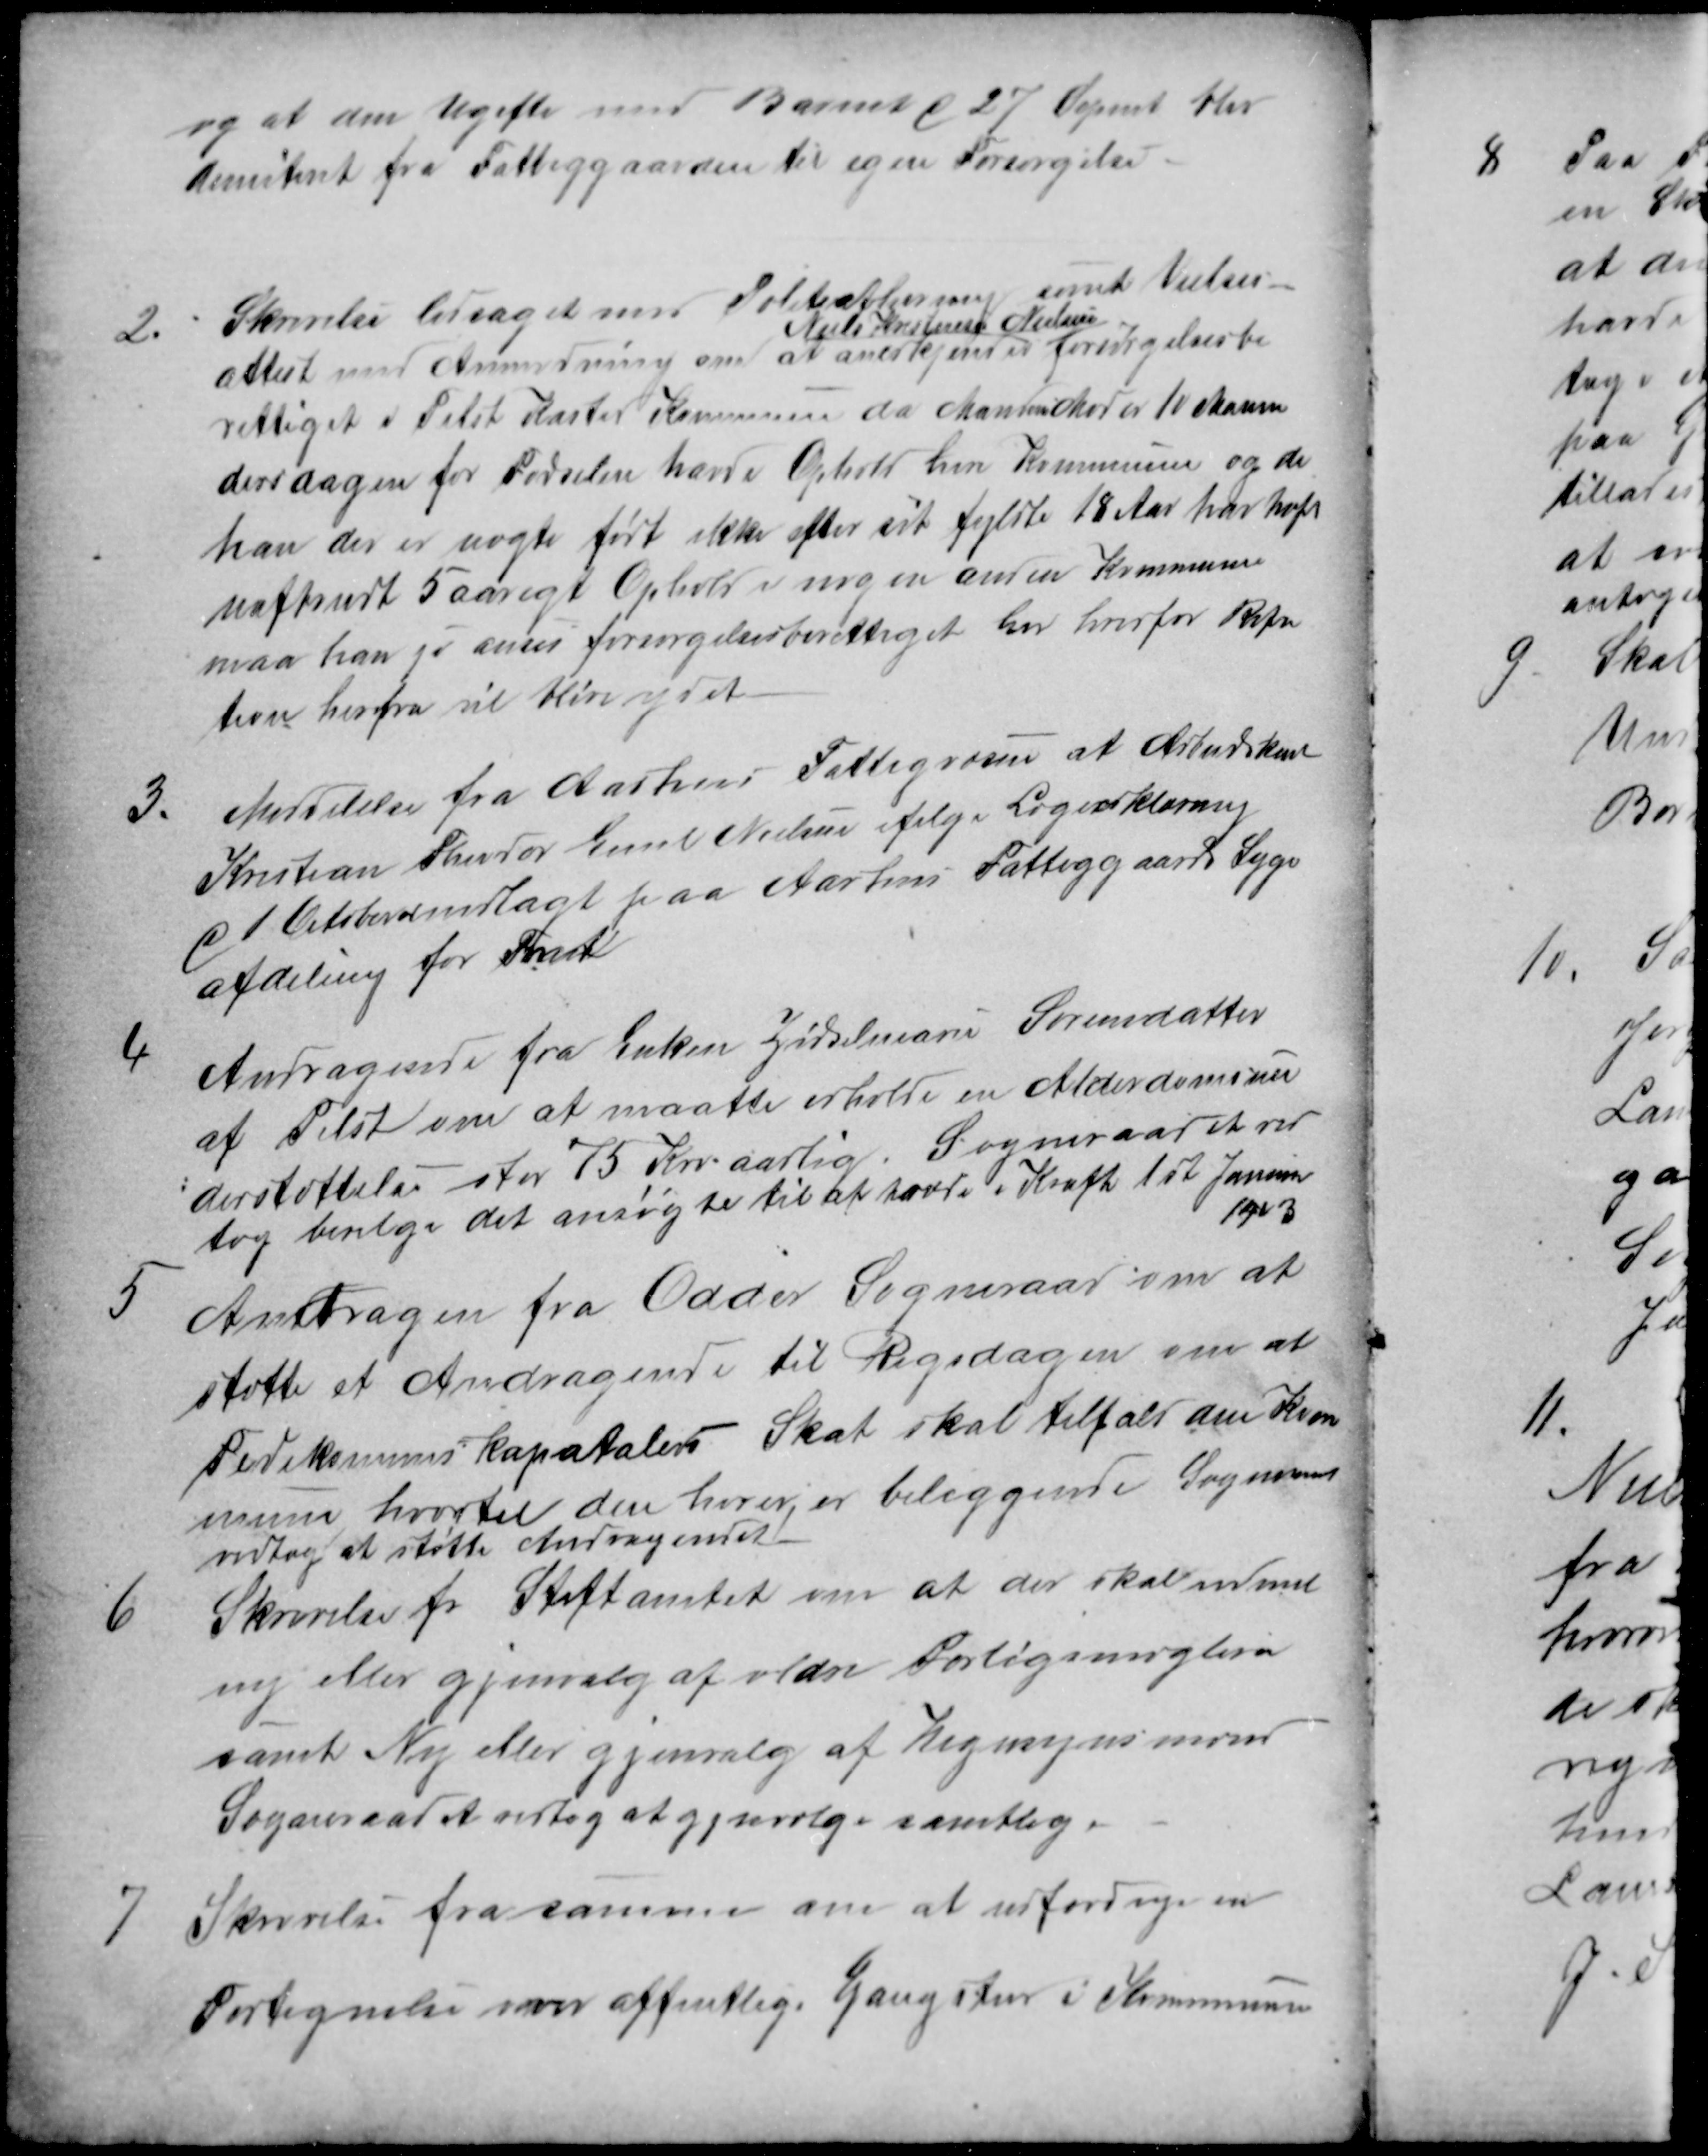
Transskription:
og at den Ugifte med Barnet d 27. Sepmt blev
demiteret fra Fattiggaarden til egen Forsørgelse.
2.
Skrivelse ledsaget som Politiafhøring samt Vielses
attest med Anmodning om at anerkjende 
Niels Kristensen Nielsen
forsørgelsesbe
rettiget i Tilst Kasted Kommune da Mandens Moder 10 Maane
dersdagen for Fødselen havde Ophold heri Kommunen og da
han der er uægte født ikke efter sit fyldte 18 Aar har haft
uafbrudt 5 aarigt Ophold i nogen anden Kommune
maa han jo anses forsørgelsesberettiget her hvorfor Refu
tion herfra vil blive ydet
3.
Meddelelse fra Aarhus Fattigvæsen at Arbeidskarl
Kristian Theodor Emil Nielsen ifølge Lægeerklæring
d 1 Oktober er indlagt paa Aarhus Fattiggaards Syge
afdeling for Fnat
4
Andragende fra Enken Zidselmans Sørensdatter
af Tilst om at maatte erholde en Alderdomsun
derstøttelse stor 75 Kr aarlig. Sogneraadet ved
tog bevilge det ansøgte til at træde i Kraft 1st Januar
1903
5
Andragen fra Odder Sogneraad om at
støtte et Andragende til Rigsdagen om at
Fødekomms kapatalers  Skat skal tilfald den Kom
mune hvortil den hører, er beliggende Sogneraad
vedtog at støtte Andragendet.
6
Skrivelse fra Stiftamtet om at der skal udmel
ny eller gjenvalg af ældre Forligsmægler
samt Ny eller gjenvalg af Hegnsynsmand
Sogneraadet vedtog at gjenvælge samtlige
7
Skrivelse fra samme om at udfærdige en
Fortegnelse over offentlige Gangstier i Kommunen